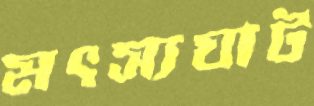
মৎস্যঘাট